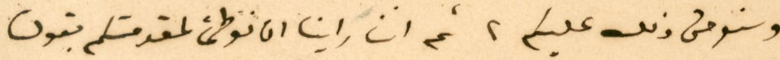
وسنومن ذلك عليكم، ثم اننا راينا انا نوطئ لمقدمتكم بقول